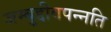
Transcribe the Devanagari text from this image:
जम्बुद्दीवपन्नति